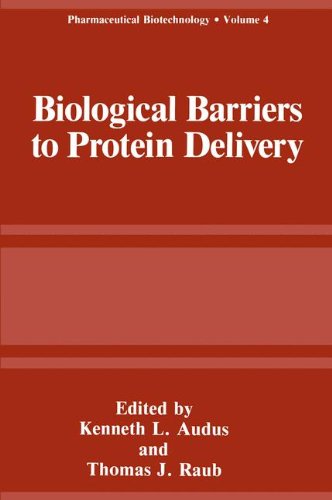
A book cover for Biological Barriers to Protein Delivery (Pharmaceutical Biotechnology); Medical Books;